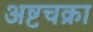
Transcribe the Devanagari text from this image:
अष्टचक्रा